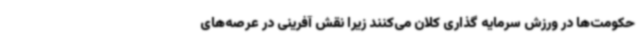
حکومت‌ها در ورزش سرمایه گذاری کلان می‌کنند زیرا نقش آفرینی در عرصه‌های